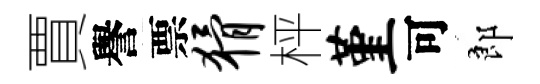
賈譽票猾枰堇可郎